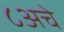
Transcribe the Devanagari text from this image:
८अचे